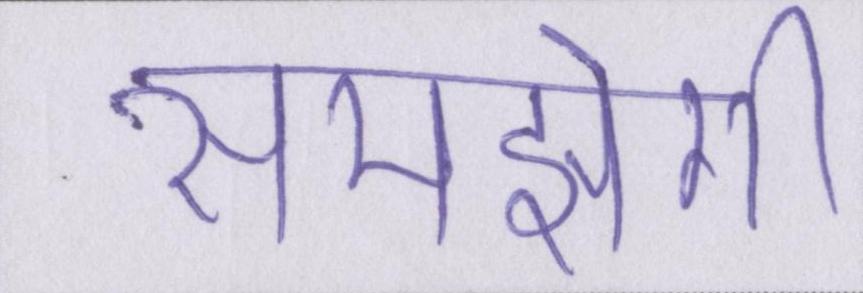
समझेगी